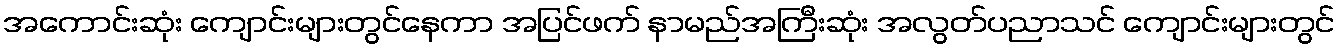
အကောင်းဆုံး ကျောင်းများတွင်နေကာ အပြင်ဖက် နာမည်အကြီးဆုံး အလွတ်ပညာသင် ကျောင်းများတွင်